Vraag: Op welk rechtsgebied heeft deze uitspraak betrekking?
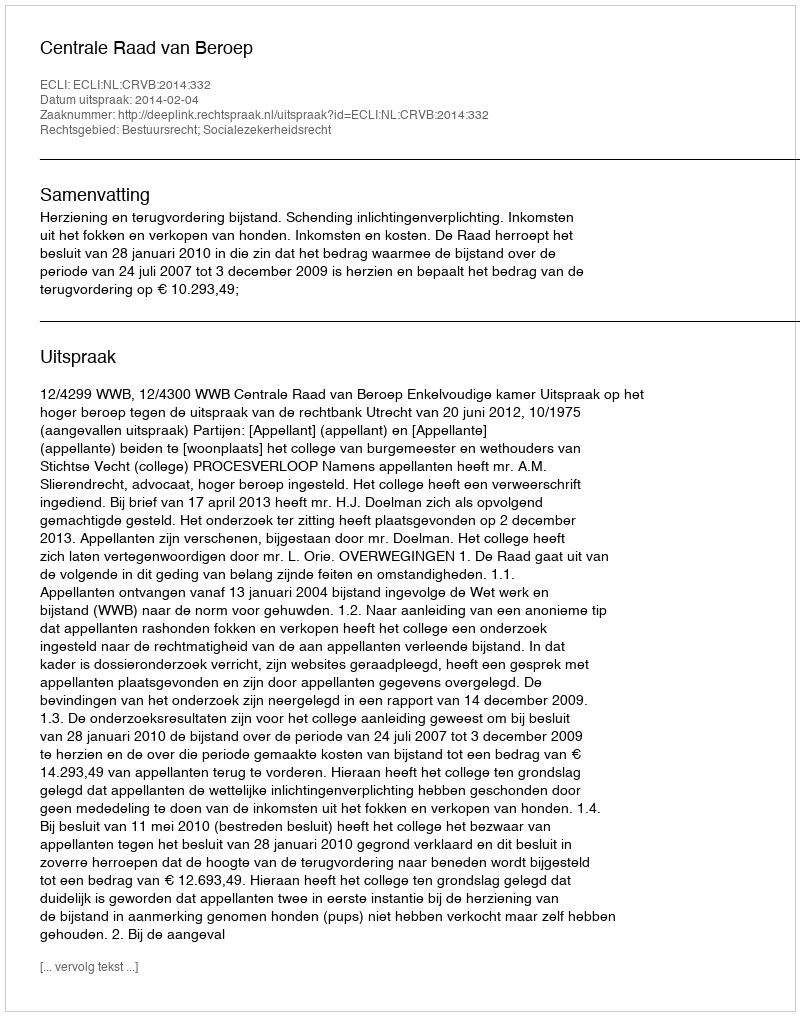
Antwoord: Bestuursrecht; Socialezekerheidsrecht